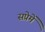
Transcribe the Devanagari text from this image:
सप्रेमें